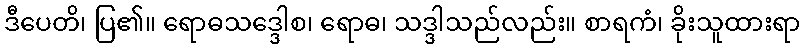
ဒီပေတိ၊ ပြ၏။ ရောဓသဒ္ဒေါစ၊ ရောဓ၊ သဒ္ဒါသည်လည်း။ စာရကံ၊ ခိုးသူထားရာ